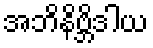
အဘိနိဗ္ဘိဒါယ